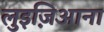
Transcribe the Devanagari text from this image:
लुइज़िआना